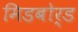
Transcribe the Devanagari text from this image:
मिडबोर्ड